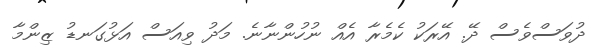
ދުވަސްވެސް ދޭ. އޭރަކު ކެމެރާ އެއް ނުހުންނާނެ. މަދު ވިއަސް އަޅުގަނޑު ޒިންމާ